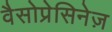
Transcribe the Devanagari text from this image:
वैसोप्रेसिनेज़